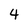
Character: 4